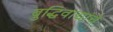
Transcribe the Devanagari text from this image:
बुद्धिवाद्यांचे